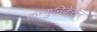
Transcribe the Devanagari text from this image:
कम्युनिकेसन